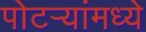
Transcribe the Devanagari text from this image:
पोटर्‍यांमध्ये